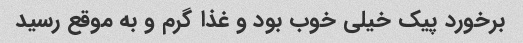
برخورد پیک خیلی خوب بود و غذا گرم و به موقع رسید